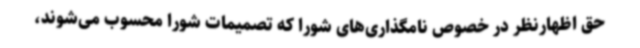
حق اظهارنظر در خصوص نامگذاری‌های شورا که تصمیمات شورا محسوب می‌شوند،